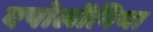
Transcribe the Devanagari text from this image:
एपोलॉनिया